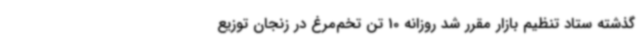
گذشته ستاد تنظیم بازار مقرر شد روزانه 10 تن تخم‌مرغ در زنجان توزیع